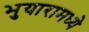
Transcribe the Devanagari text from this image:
भुयारामध्ये